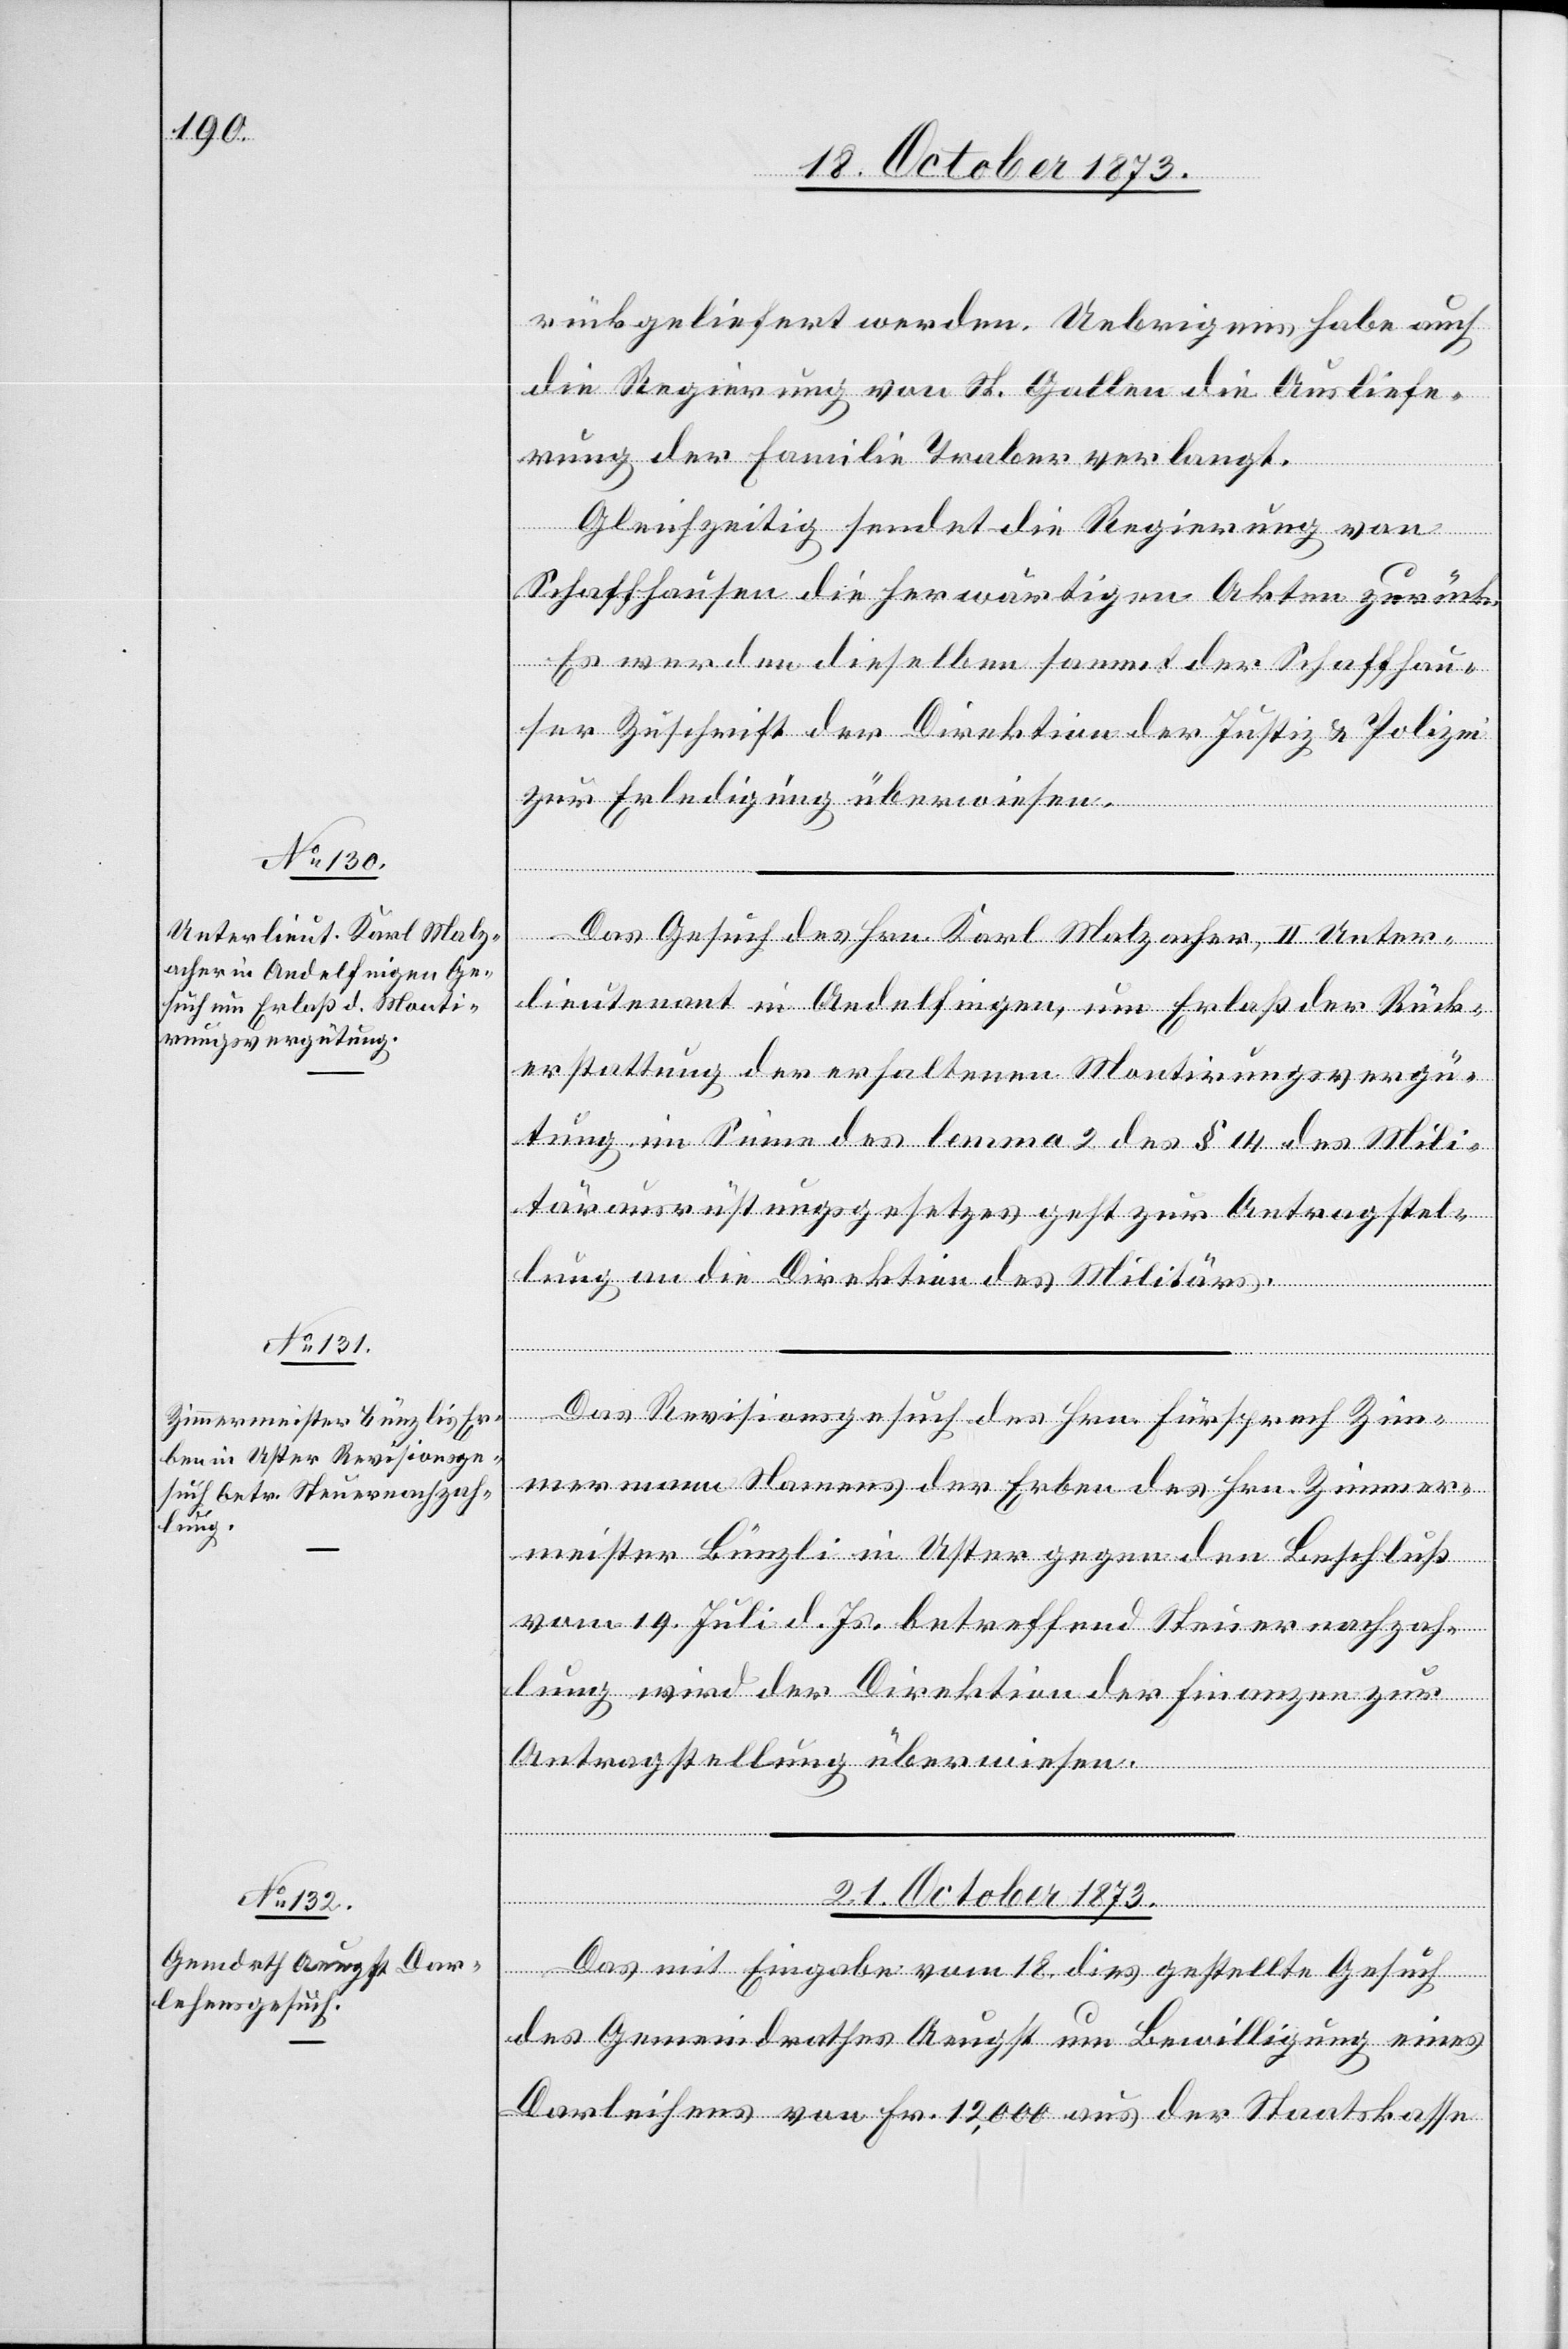
21. October 1873.
rückgeliefert werden. Uebrigens habe auch
die Regierung von St. Gallen die Ausliefe¬
rung der Familie Traber verlangt.
Gleichzeitig sendet die Regierung von
Schaffhausen die herwärtigen Akten zurück.
Es werden dieselben sammt der Schaffhau¬
ser Zuschrift der Direktion der Justiz & Polizei
zur Erledigung überwiesen.
Das Gesuch des Hrn. Karl Malzacher, II Unter¬
lieutenant in Andelfingen, um Erlaß der Rück¬
erstattung der erhaltenen Montirungsvergü¬
tung im Sinne des lemma 2 des § 14 des Mili¬
tärausrüstungsgesetzes geht zur Antragstel¬
lung an die Direktion des Militärs.
Das Revisionsgesuch des Hrn. Fürsprech Zim¬
mermann Namens der Erben des Hrn. Zimmer¬
meister Bünzli in Uster gegen den Beschluß
vom 19. Juli d. Js. betreffend Steuernachzah¬
lung wird der Direktion der Finanzen zur
Antragstellung überwiesen.
Das mit Eingabe vom 18. dies gestellte Gesuch
des Gemeindrathes Aeugst um Bewilligung eines
Darleihens von Fr. 12,000 aus der Staatskasse